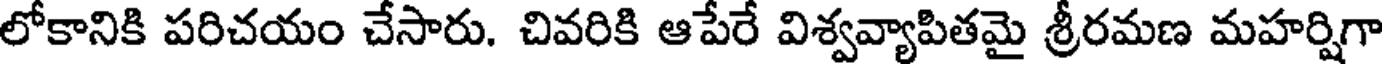
లోకానికి పరిచయం చేసారు. చివరికి ఆపేరే విశ్వవ్యాపితమై శ్రీరమణ మహర్షిగా